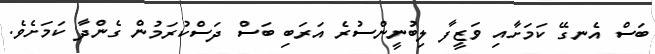
ބަސް އެނގޭ ކަމަށާއި ވަޒީފާ ލިބުނީންސުރެ އަރަބި ބަސް ދަސްކުރަމުން ގެންދާ ކަމަށެވެ.